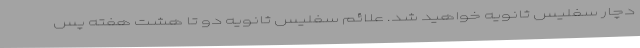
دچار سفلیس ثانویه خواهید شد. علائم سفلیس ثانویه دو تا هشت هفته پس